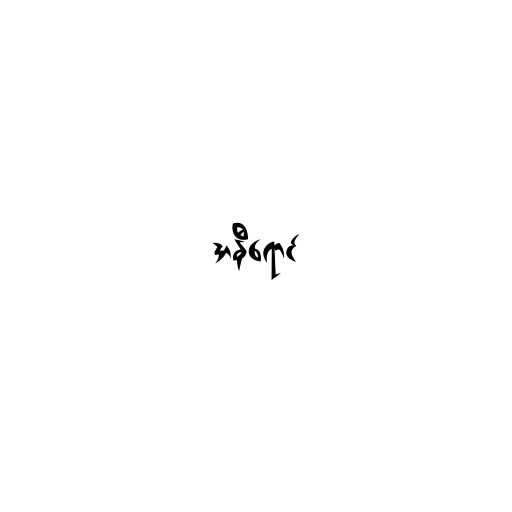
အနီရောင်